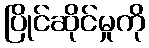
ပြိုင်ဆိုင်မှုကို